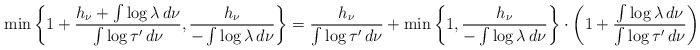
\begin{align*}\min \left\{ 1 + \frac{ h _\nu + \int \log \lambda \, d \nu }{\int \log \tau ' \, d \nu} , \frac{h _\nu}{- \int \log \lambda \, d \nu} \right\} = \frac{h _\nu}{\int \log \tau ' \, d \nu} + \min \left\{1 , \frac{h _\nu}{- \int \log \lambda \, d \nu} \right\} \cdot \left( 1 + \frac{\int \log \lambda \, d \nu}{\int \log \tau ' \, d \nu}\right) .\end{align*}